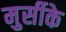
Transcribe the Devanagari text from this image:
मुर्सीके